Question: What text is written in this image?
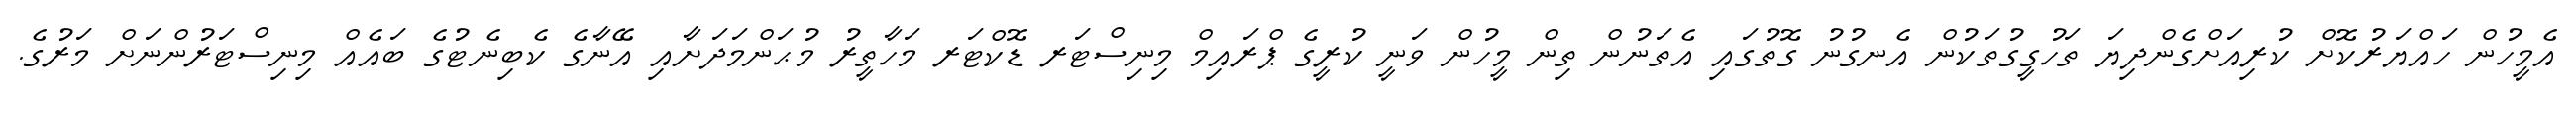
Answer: އެމީހުން ހައްޔަރުކޮށް ކުރިއަށްގެންދިޔަ ތަހުގީގުތަކުން އެނގުނު ގޮތުގައި އެތަނުން ތިން މީހުން ވަނީ ކުރީގެ ޕްރައިމް މިނިސްޓަރ ޑޮކްޓަރ މަހާތީރު މުޙަންމަދަށާއި އޭނާގެ ކެބިނެޓުގެ ބައެއް މިނިސްޓަރުންނަށް މަރުގެ.